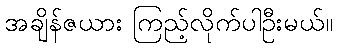
အချိန်ဇယား ကြည့်လိုက်ပါဦးမယ်။